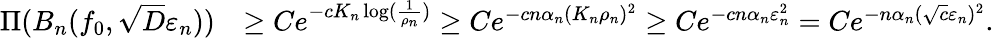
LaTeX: \begin{array}{rl}{\Pi(B_{n}(f_{0},\sqrt{D}\varepsilon_{n}))}&{\geq Ce^{-cK_{n}\log(\frac{1}{\rho_{n}})}\geq Ce^{-cn\alpha_{n}(K_{n}\rho_{n})^{2}}\geq Ce^{-cn\alpha_{n}\varepsilon_{n}^{2}}=Ce^{-n\alpha_{n}(\sqrt{c}\varepsilon_{n})^{2}}.}\end{array}